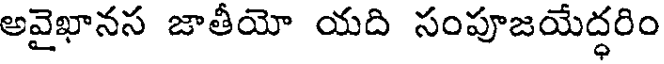
అవైఖానస జాతీయో యది సంపూజయేద్ధరిం